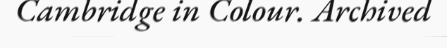
Cambridge in Colour. Archived